Vaccination United Provinces of Agra and Oudh 1902-1913 - 1902-1913
Year: 1902
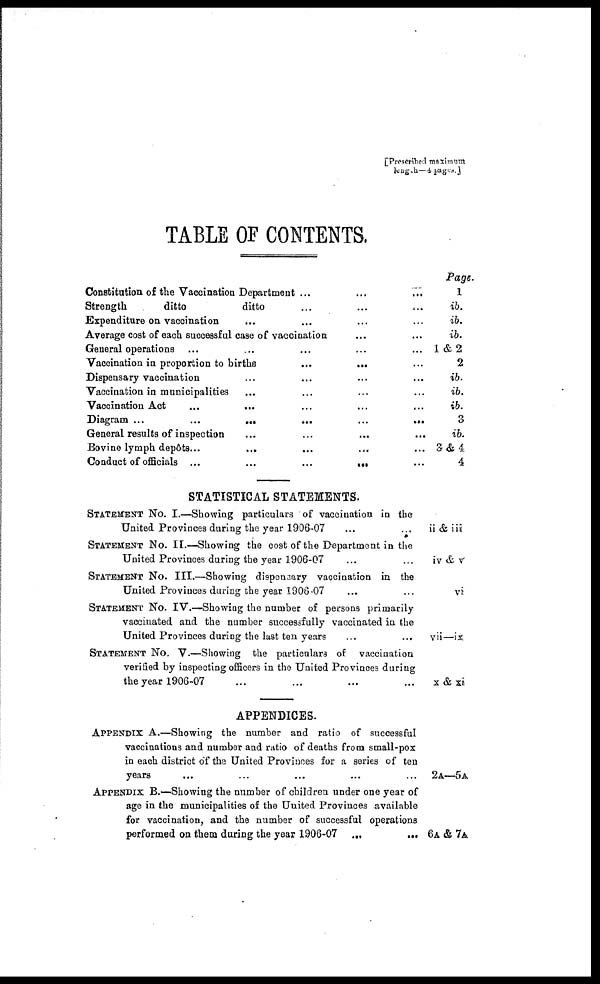
[Prescribed maximum
length—4 pages]
TABLE OF CONTENTS.
Constitution of the Vaccination Department ... ... ...
Strength
ditto
ditto ... ... ...
Expenditure on vaccination ... ... ...
Average cost of each successful case of vaccination ... ... ...
General operations ... ... ...
Vaccination in proportion to births
...
... ...
Dispensary vaccination ... ... ...
Vaccination in municipalities ... ... ...
Vaccination Act ... ... ... ... ... ...
Diagram ...
...
...
...
...
...
General results of inspection ... ... ...
Bovine lymph depôts ... ... ... ...
Conduct of officials ...
...
...
...
STATISTICAL STATEMENTS.
STATEMENT No. I.—Showing particulars of vaccination in the
United Provinces during the year 1906-07 ... ... ...
STATEMENT No. II.—Showing the cost of the Department in the
United Provinces during the year 1906-07 ... ... ...
STATEMENT No. III.—Showing dispensary vaccination in the
United Provinces during the year 1906-07 ... ... ...
STATEMENT No. IV.—Showing the number of persons primarily
vaccinated and the number successfully vaccinated in the
United Provinces during the last ten years ... ... ...
STATEMENT No. V.—Showing the particulars of vaccination
verified by inspecting officers in the United Provinces during
the year 1906-07 ... ... ...
APPENDICES.
APPENDIX A.—Showing the number and ratio of successful
vaccinations and number and ratio of deaths from small-pox
in each district of the United Provinces for a series of ten
years ... ... ...
APPENDIX B.—Showing the number of children under one year of
age in the municipalities of the United Provinces available
for vaccination, and the number of successful operations
performed on them during the year 1906-07 ...
...
Page.
1
ib.
ib.
ib.
1 & 2
2
ib.
ib.
ib.
3
ib.
3 & 4
4
ii & iii
iv & v
vi
vii—ix
x & xi
2A—5A
6A & 7A